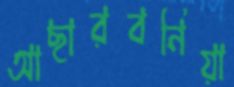
আছারবনিয়া